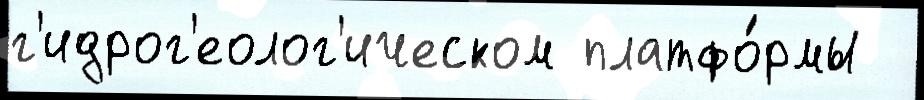
г'идрог'еолог'ическом платфо́рмы